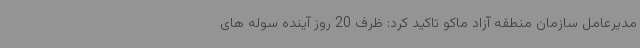
مدیرعامل سازمان منطقه آزاد ماکو تاکید کرد: ظرف 20 روز آینده سوله های